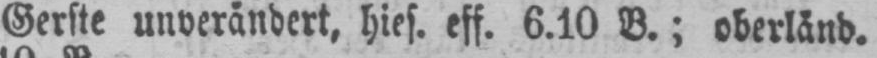
Gerste unverändert, hies. eff. 6.10 B.; oberländ.